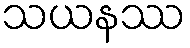
သယနဿ